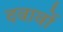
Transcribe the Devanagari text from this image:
दवावों